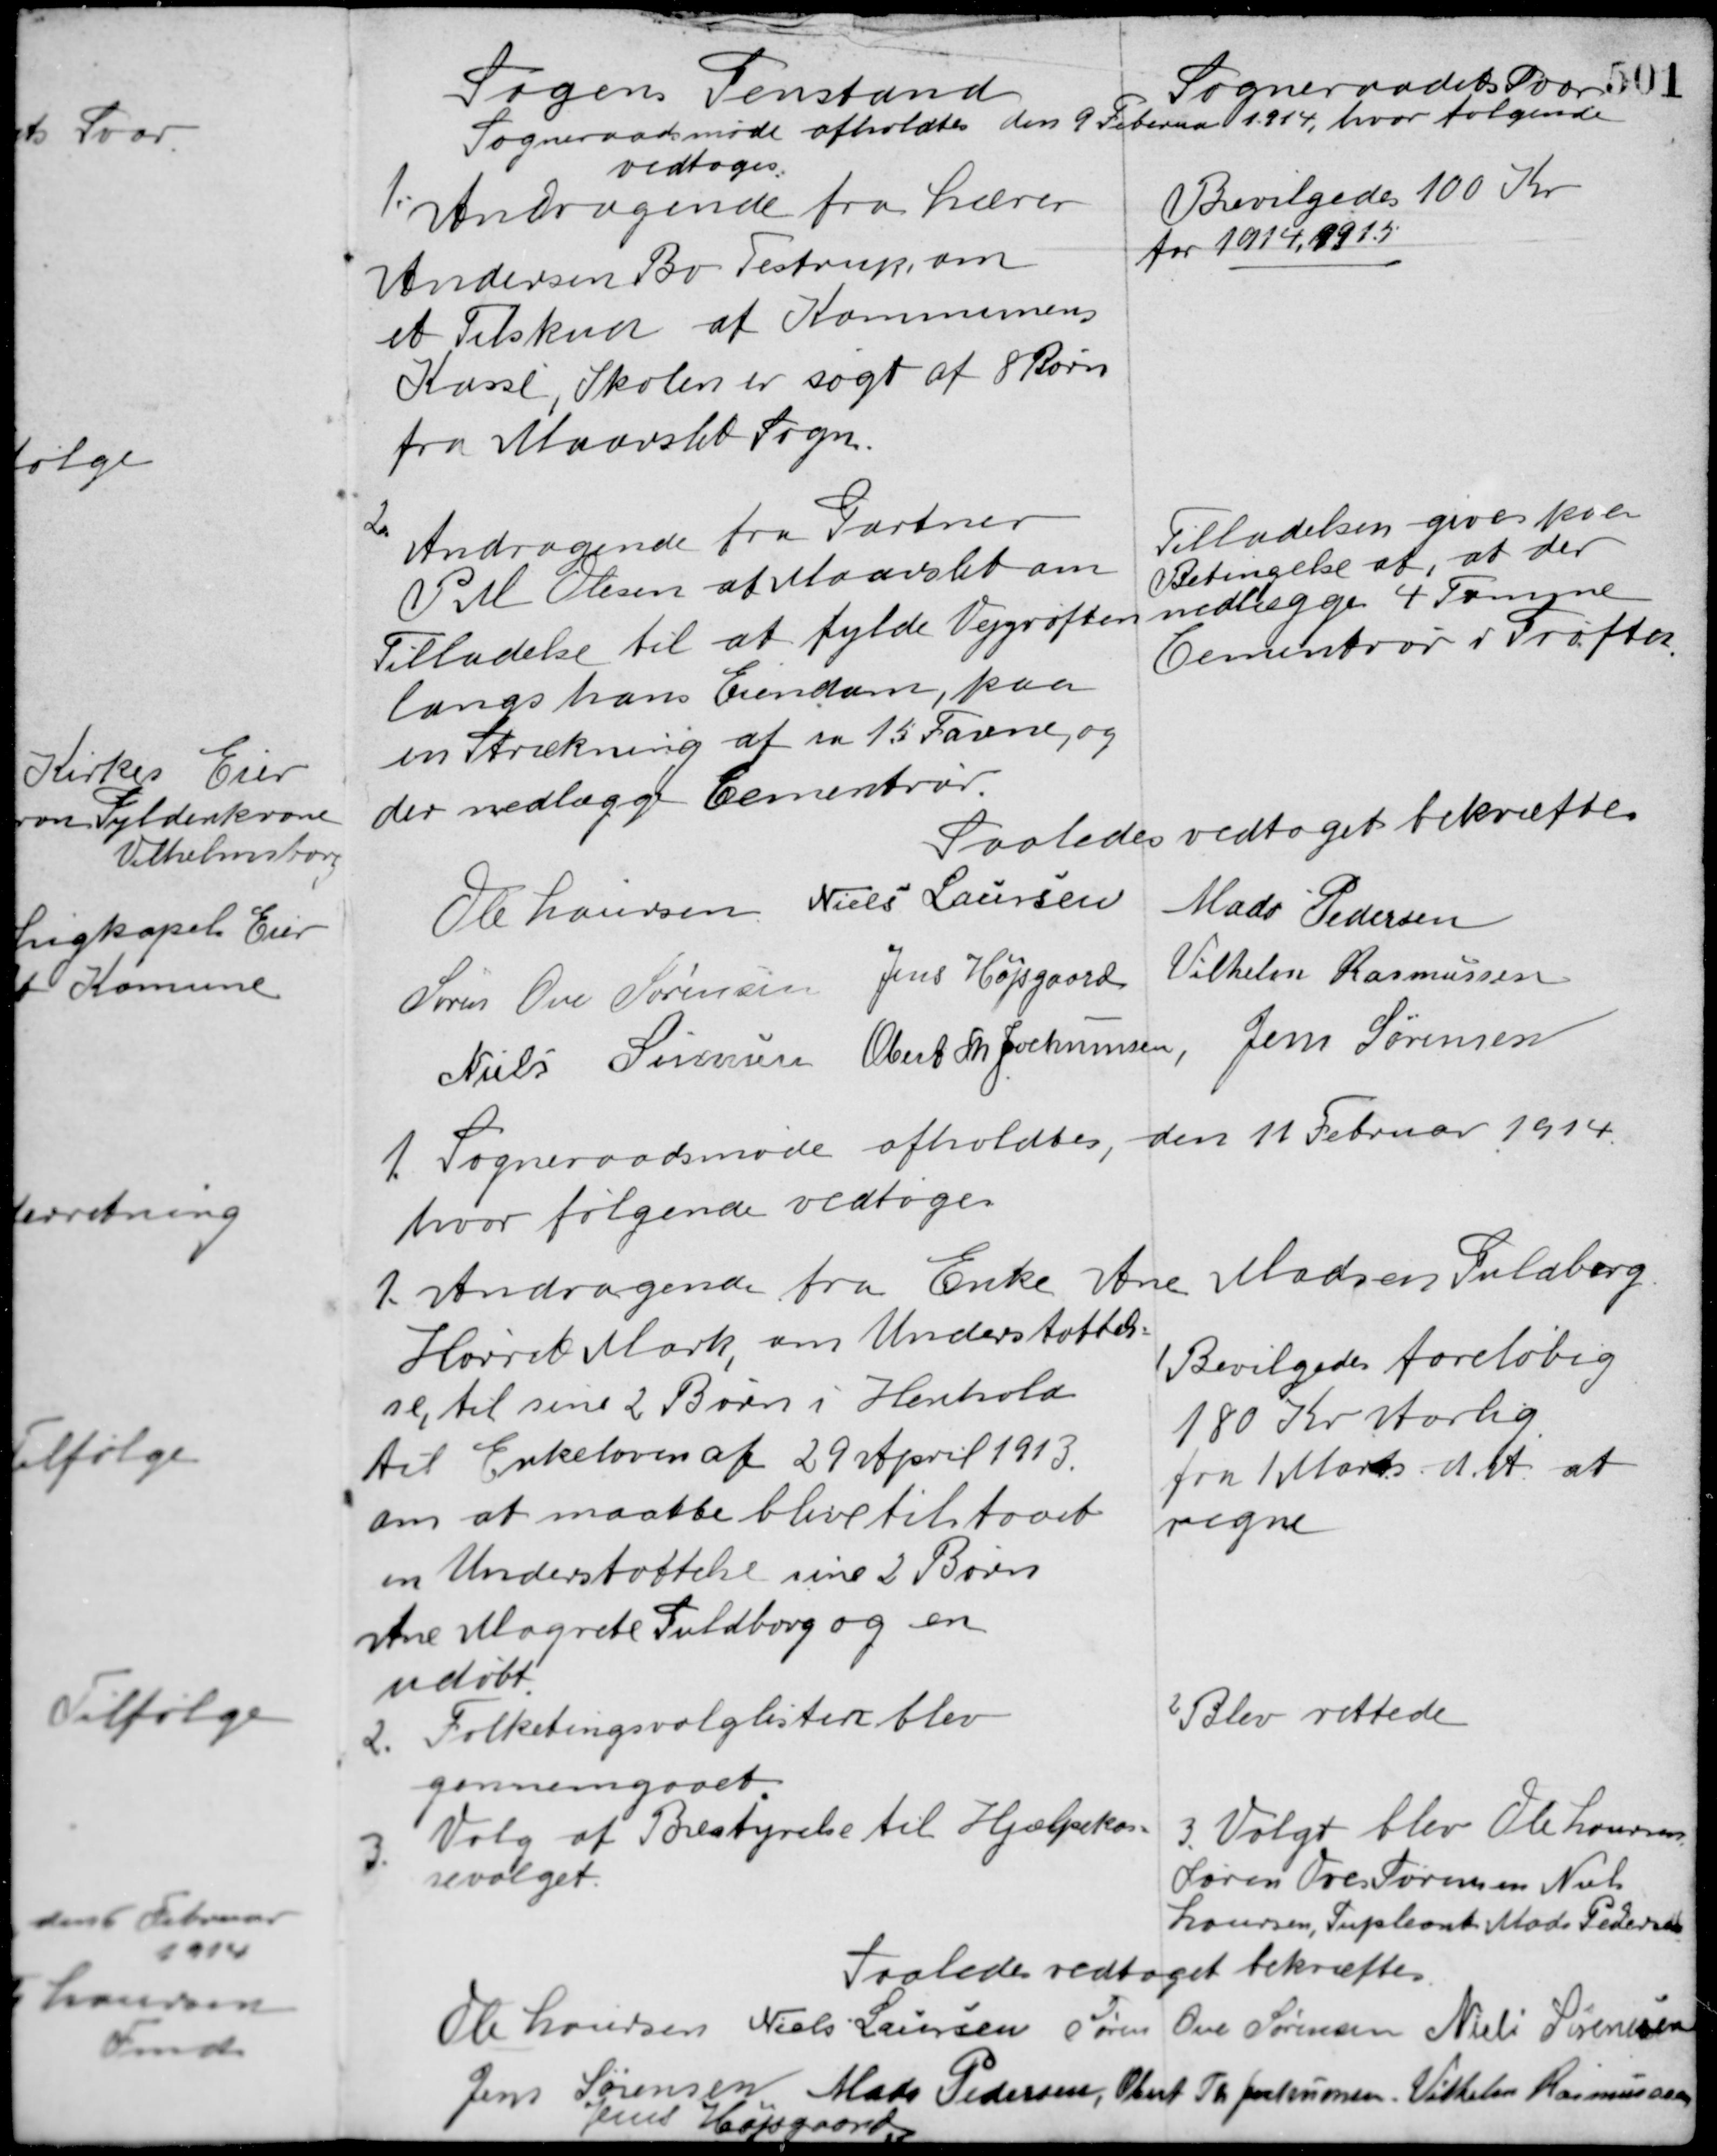
Transskription:
Sagens Genstand

Sogneraadets Svar

Sogneraadsmøde afholdtes den 9 Februar 1914, hvor følgende
vedtoges:

1. Andragende fra Lærer
Andersen Bo Testrup, om
et Tilskud af Kommunens
Kasse, Skolen er søgt af 8 Børn
fra Maarslet Sogn.

Bevilgedes 100 Kr.
for 1914, 1915

2. Andragende fra Gartner
P. M. Olesen af Maarslet om
tilladelse til at fylde Vejgrøften
langs hans Eiendom, paa
en Strækning af ca. 15 Favne, og
der nedlægge Cementrør.

Tilladelsen gives paa
Betingelse af, at der
nedlægges 4 Tomme
Cementrør i Grøften.

Saaledes vedtaget bekræftes
Ole Laursen Niels Laursen
Mads Pedersen
Søren Ove Sørensen Jens Højsgaard Vilhelm Rasmussen
Niels Sørensen Obert Th. Jochumsen Jens Sørensen

1. Sogneraadsmøde afholdtes, den 11 Februar 1914
hvor følgende vedtoges

1. Andragende fra Enke Ane Madsen Guldborg

Hørret Mark, om Understøttel-
se, til sine 2 Børn i Henhold
til Enkeloven af 29 April 1913.
om at maatte blive tilstaaet
en Understøttelse sine 2 Børn
Ane Magrete Guldborg og en
udøbt.

1 Bevilgedes foreløbig
180 Kr. Aarlig
fra 1 Marts d. A. at
regne.

2. Folketingsvalglisten blev
gennemgaaet.

2 Blev rettede

3. Valg af Bestyrelse til Hjælpekas-
sevalget.

3 Valgt blev Ole Laursen
Søren Ove Sørensen, Niels
Laursen, Supleant Mads Pedersen

Saaledess vedtaget bekræftes
Ole Laursen Niels Sørensen Søren Ove Sørensen Niels Sørensen
Jens Sørensen Mads Pedersen Obert Th. Jochumsen Vilhelm Rasmussen
Jens Højsgaard